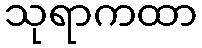
သုရာကထာ